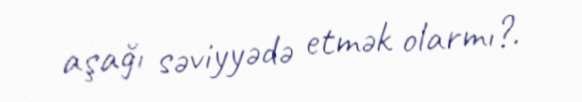
aşağı səviyyədə etmək olarmı?.